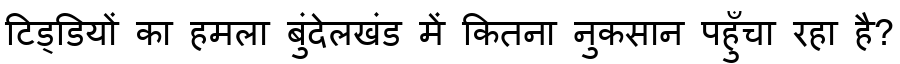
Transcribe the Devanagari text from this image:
टिड्डियों का हमला बुंदेलखंड में कितना नुकसान पहुँचा रहा है?